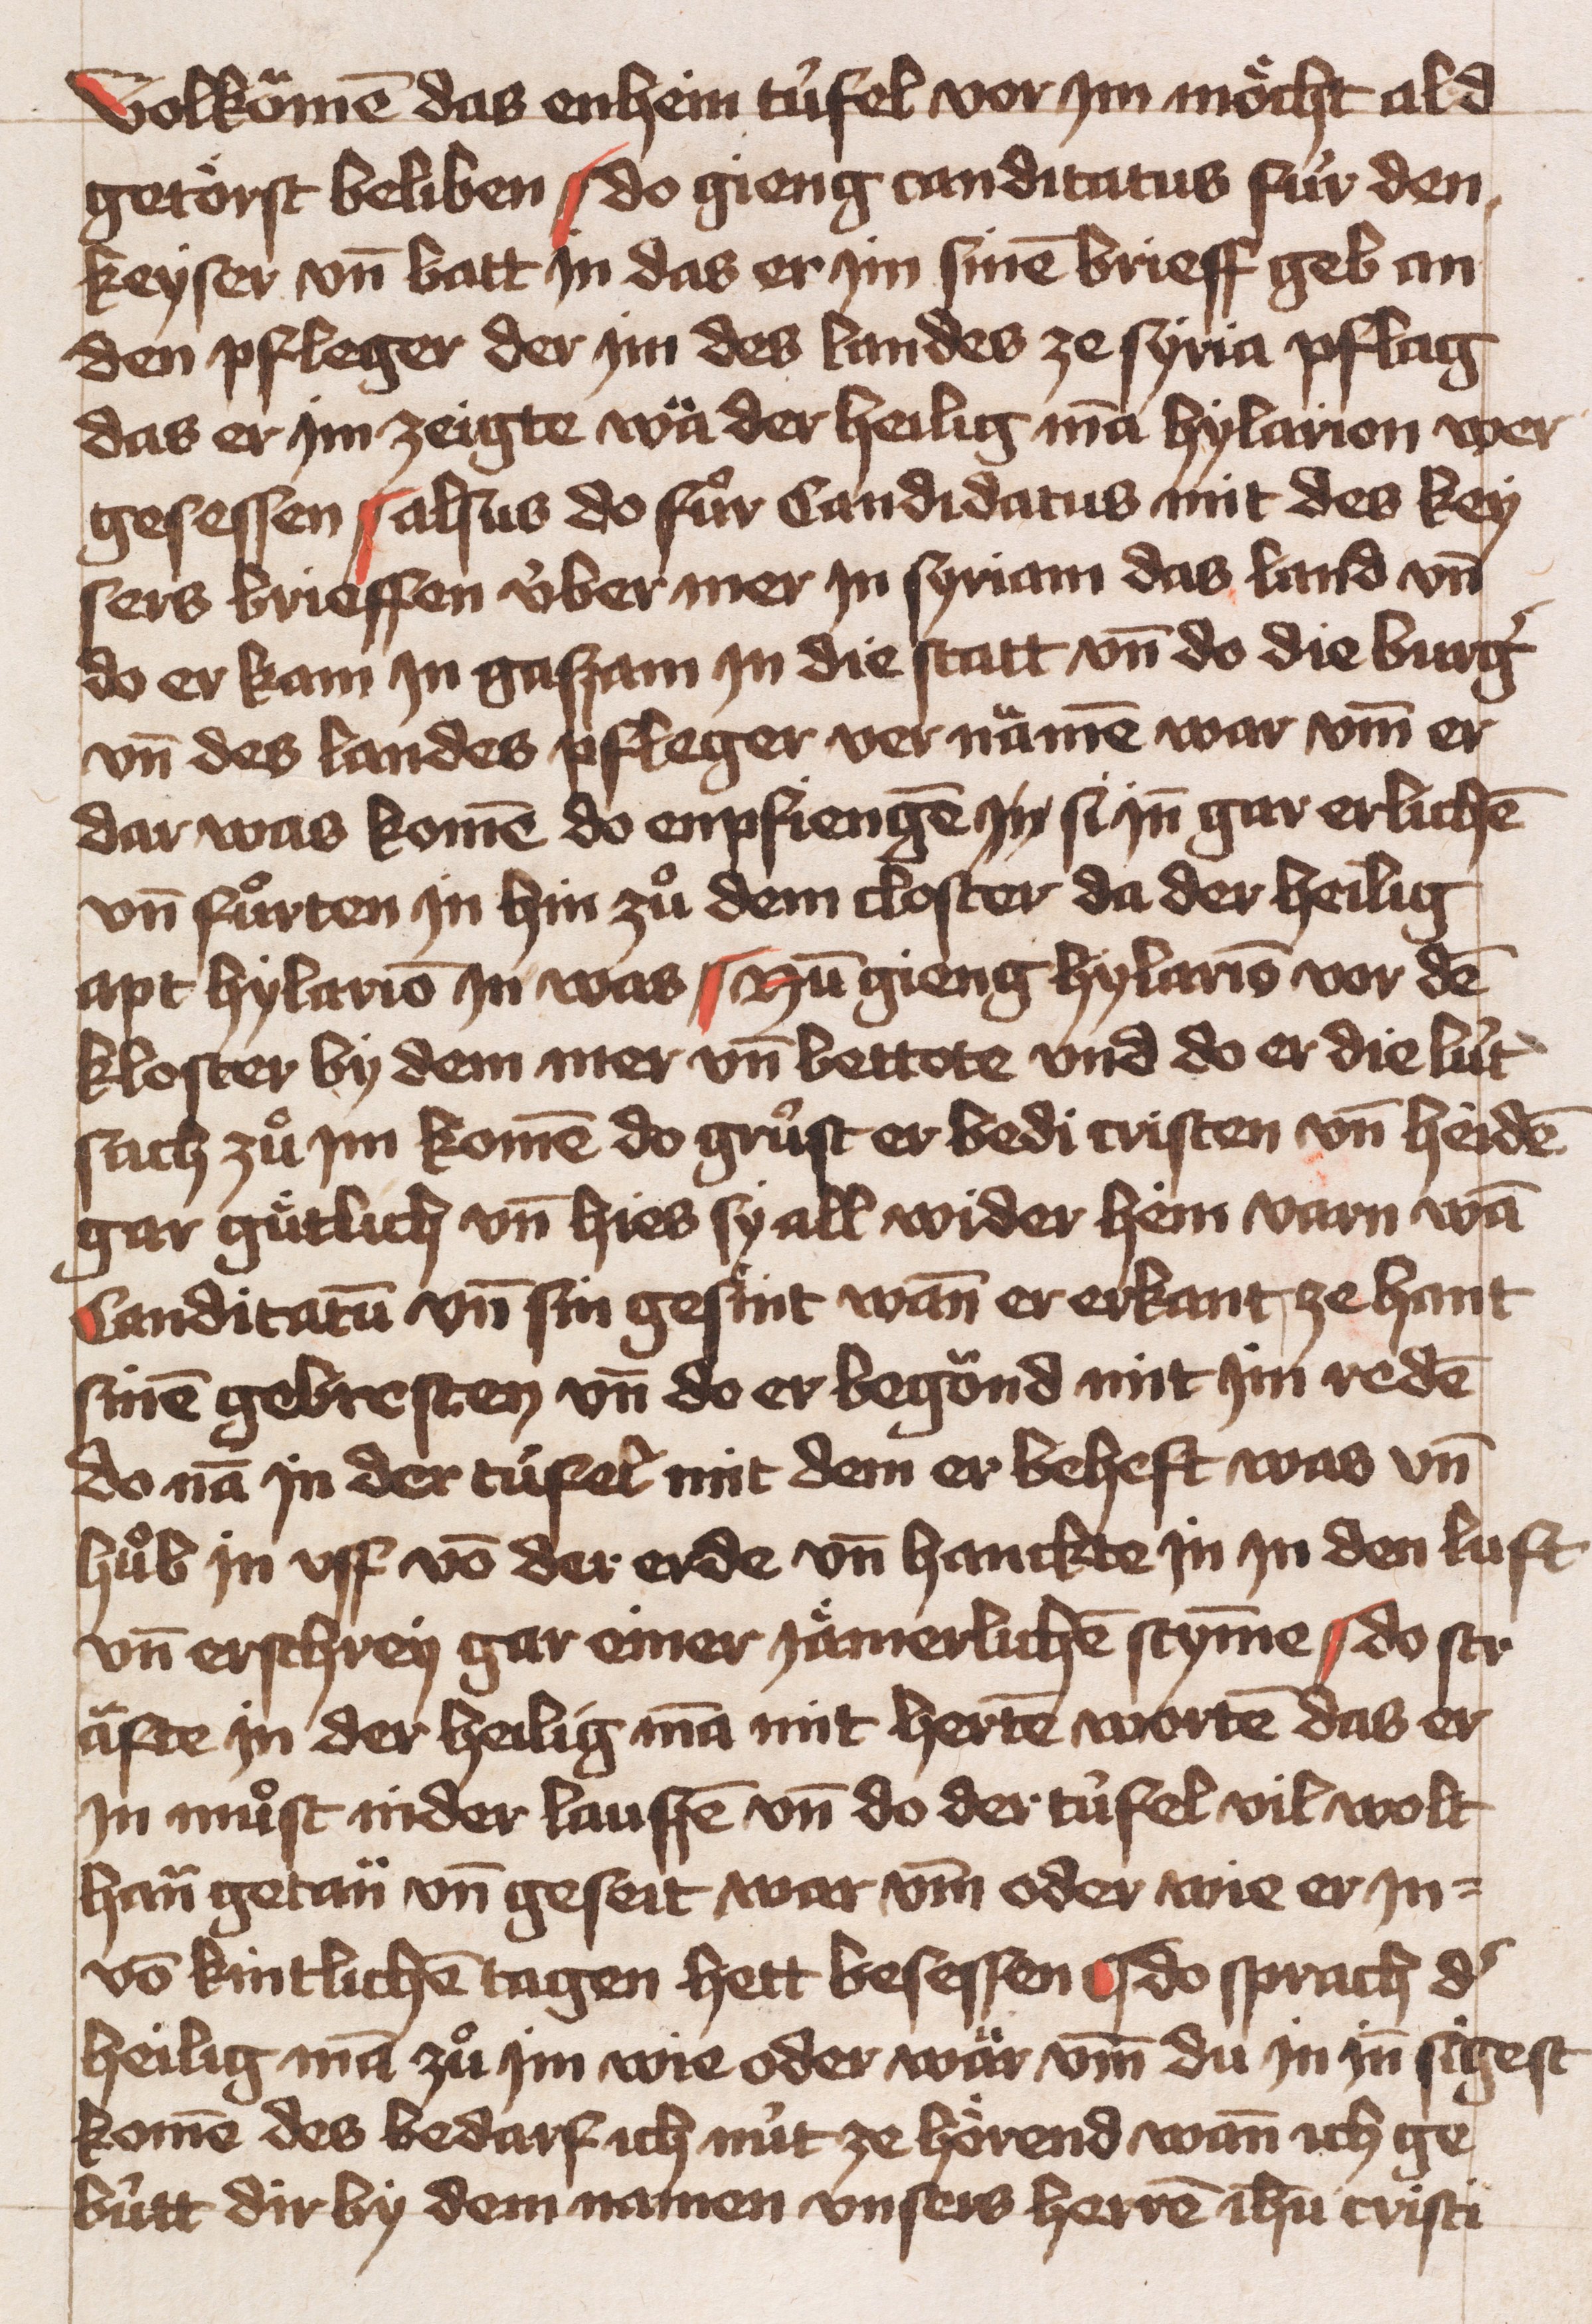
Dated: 1451–1451